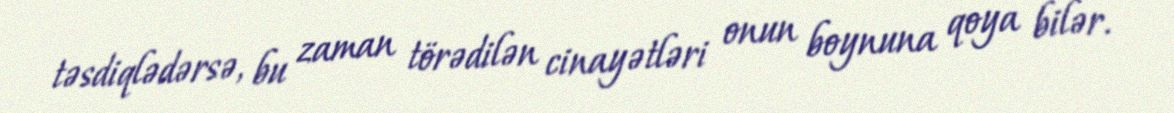
təsdiqlədərsə, bu zaman törədilən cinayətləri onun boynuna qoya bilər.